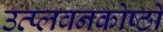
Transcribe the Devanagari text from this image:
उत्प्लवनकोष्ठों